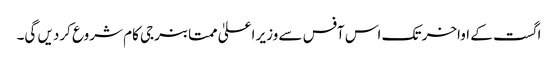
اگست کے اواخر تک اس آفس سے وزیر اعلیٰ ممتا بنرجی کام شروع کردیں گی۔